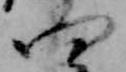
四